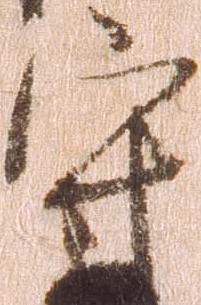
守